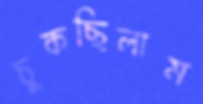
চুকছিলাম